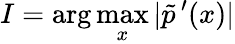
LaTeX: I=\arg\operatorname*{max}_{x}|\tilde{p}\, ^{\prime}(x)|